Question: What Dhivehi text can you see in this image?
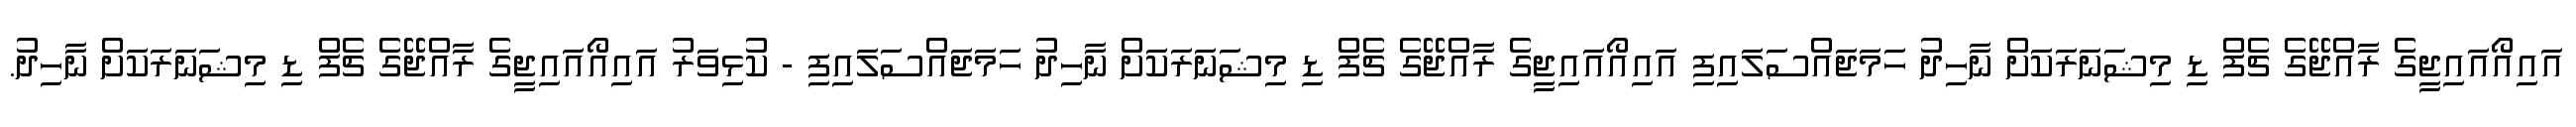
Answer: އައިއޯއައިޖީގެ ރާއްޖޭގެ ޗެފް ޑި މިޝަނަރަކަށް ނާހިދު ހަމަޖައްސަލައިފި އައިއޯއައިޖީގެ ރާއްޖޭގެ ޗެފް ޑި މިޝަނަރަކަށް ނާހިދު ހަމަޖައްސަލައިފި - ކުޅިވަރު އައިއޯއައިޖީގެ ރާއްޖޭގެ ޗެފް ޑި މިޝަނަރަކަށް ނާހިދު.